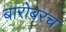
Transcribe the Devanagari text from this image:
बारोबरच